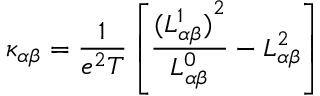
\kappa _ { \alpha \beta } = \frac { 1 } { e ^ { 2 } T } \left[ \frac { { ( L _ { \alpha \beta } ^ { 1 } ) } ^ { 2 } } { L _ { \alpha \beta } ^ { 0 } } - L _ { \alpha \beta } ^ { 2 } \right]